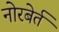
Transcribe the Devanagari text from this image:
नोरबेर्त